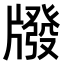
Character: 𤗳